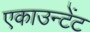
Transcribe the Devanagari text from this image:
एकाउन्टेंट